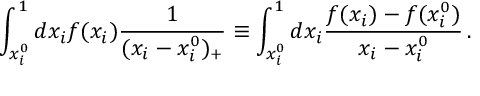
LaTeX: \int _ { x _ { i } ^ { 0 } } ^ { 1 } d x _ { i } f ( x _ { i } ) \frac { 1 } { ( x _ { i } - x _ { i } ^ { 0 } ) _ { + } } \equiv \int _ { x _ { i } ^ { 0 } } ^ { 1 } d x _ { i } \frac { f ( x _ { i } ) - f ( x _ { i } ^ { 0 } ) } { x _ { i } - x _ { i } ^ { 0 } } \, .